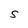
Character: S